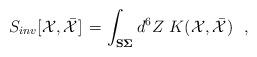
LaTeX: \begin{align*}S_{inv} [ {\cal X} , \bar{{\cal X}} ] \, =\int_{\bf {S\Sigma}}d^6 Z\ K({\cal X} , \bar{{\cal X}})\ \ ,\end{align*}